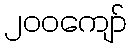
၂၀၀ကျော်